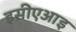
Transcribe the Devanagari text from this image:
इसीएआइ